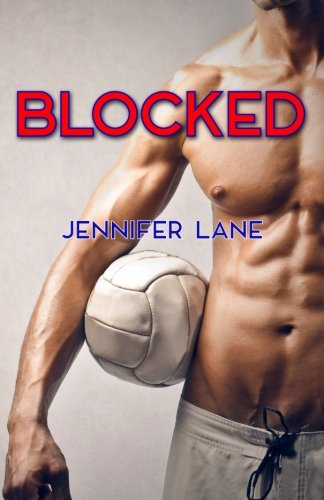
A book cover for Blocked; Jennifer Lane; Sports & Outdoors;